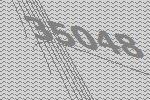
35048